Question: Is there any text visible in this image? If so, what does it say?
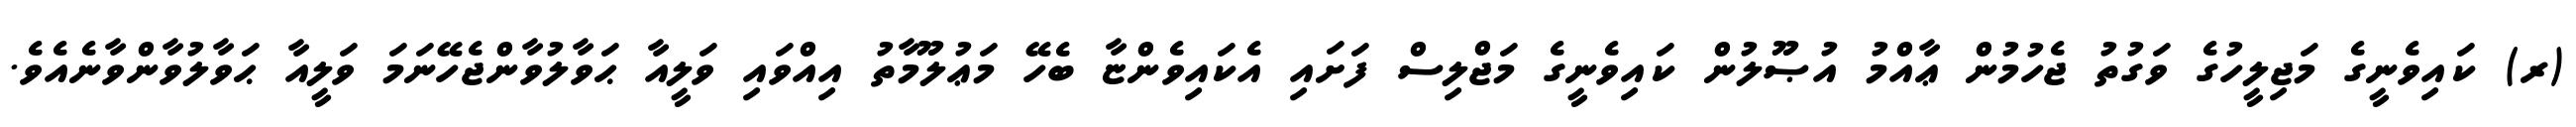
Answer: (ރ) ކައިވެނީގެ މަޖިލީހުގެ ވަގުތު ޖެހުމުން ޢާއްމު އުޞޫލުން ކައިވެނީގެ މަޖްލިސް ފަށައި އެކައިވެންޏާ ބެހޭ މަޢުލޫމާތު އިއްވައި ވަލީއާ ޙަވާލުވާންޖެހޭނަމަ ވަލީއާ ޙަވާލުވާންވާނެއެވެ.